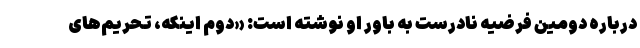
درباره دومین فرضیه نادرست به باور او نوشته است: «دوم اینکه، تحریم‌های